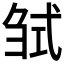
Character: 𢎍